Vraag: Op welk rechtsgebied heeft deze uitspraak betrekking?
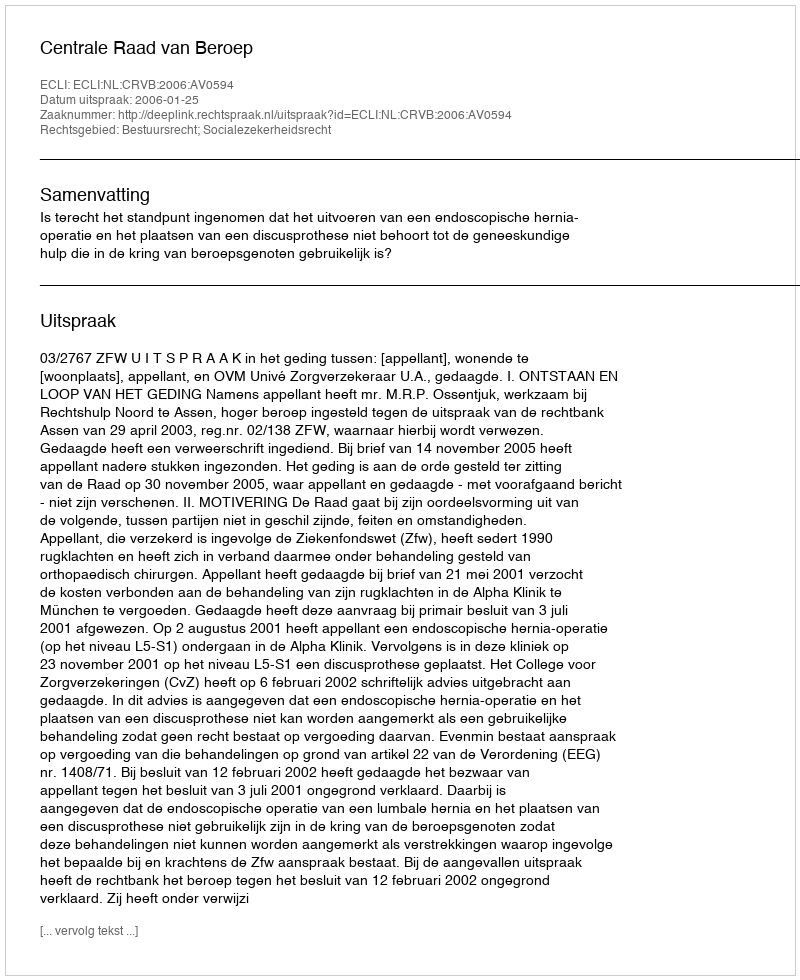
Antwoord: Bestuursrecht; Socialezekerheidsrecht